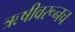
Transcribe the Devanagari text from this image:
ऋषीवरूनच